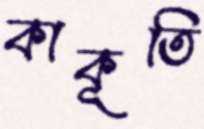
কাকূতি